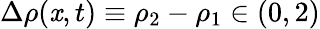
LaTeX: \Delta\rho(\mathit{x},t)\equiv\rho_{2}-\rho_{1}\in(0,2)